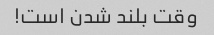
وقت بلند شدن است!